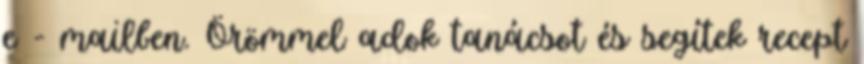
e - mailben. Örömmel adok tanácsot és segítek recept